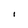
Character: I